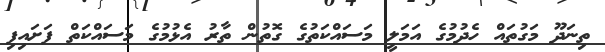
ތިނަދޫ މަގުތައް ހެދުމުގެ އަމަލީ މަސައްކަތުގެ ގޮތުން ތާރު އެޅުމުގެ މަސައްކަތް ފަށައިފި